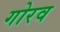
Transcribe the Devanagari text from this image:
गोरव